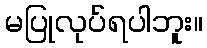
မပြုလုပ်ရပါဘူး။